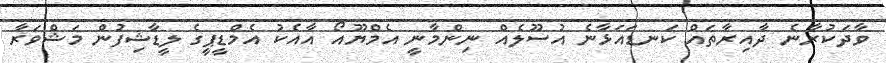
ވާދަކުރާނެ ދާއިރާތައް ކަނޑައަޅާނެ އުސޫލެއް ނިންމާނީ އެމްޔޫއޯ އާއެކު އެމްޑީޕީގެ ލީޑާޝިފުން މަޝްވަރާ